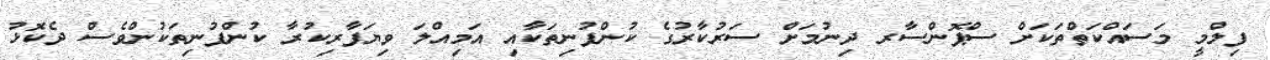
ފިލްމީ މަސައްކަތްތަކަށް ސްޕޮންސާރ ދިނުމަށް ސަރުކާރުގެ ކުންފުނިތަކާއި އަމިއްލަ ވިޔަފާރިކުރާ ކުންފުނިތަކުންވެސް ދެކޮޅު